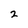
Character: 2